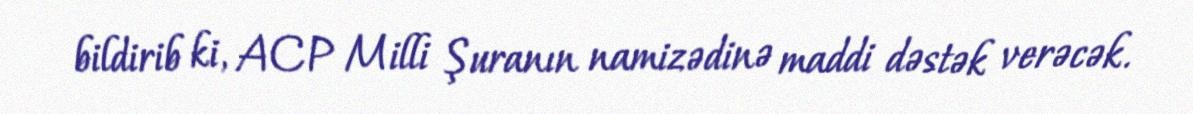
bildirib ki, ACP Milli Şuranın namizədinə maddi dəstək verəcək.